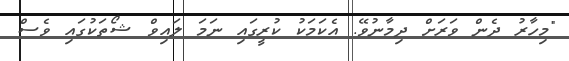
"މިހާރު ދެން ވަރަށް ދިމާނުވޭ. އެކަމަކު ކުރީގައި ނަމަ ލައިވް ޝޯތަކުގައި ވެސް